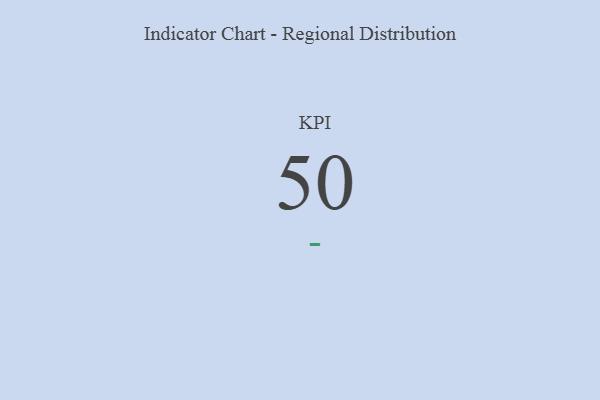
{"axis": {"x": "KPI", "y": "Value"}, "legend": [""], "data": [{"x": "KPI", "y": 50, "type": ""}]}